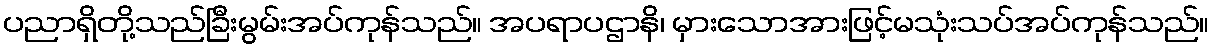
ပညာရှိတို့သည်ခြီးမွမ်းအပ်ကုန်သည်။ အပရာပဌာနိ၊ မှားသောအားဖြင့်မသုံးသပ်အပ်ကုန်သည်။